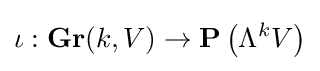
\iota :\mathbf {Gr} (k,V)\to \mathbf {P} \left(\Lambda ^{k}V\right)